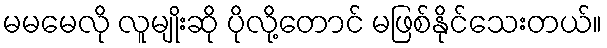
မမမေလို လူမျိုးဆို ပိုလို့တောင် မဖြစ်နိုင်သေးတယ်။